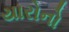
યારોનો